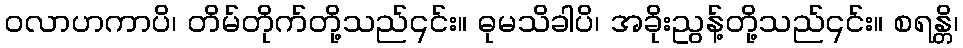
ဝလာဟကာပိ၊ တိမ်တိုက်တို့သည်၎င်း။ ဓုမသိခါပိ၊ အခိုးညွန့်တို့သည်၎င်း။ စရန္တိ၊